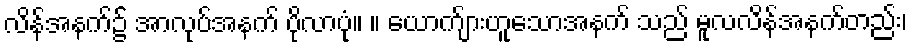
လိန်အနက်၌ အာလုပ်အနက် ပိုလာပုံ။ ။ ယောက်ျားဟူသောအနက် သည် မူလလိန်အနက်တည်း၊